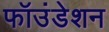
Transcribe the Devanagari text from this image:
फॉउंडेशन